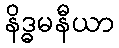
နိဒ္ဓမနီယာ